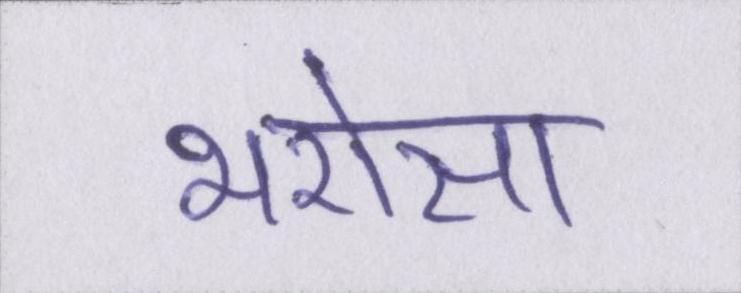
भरोसा